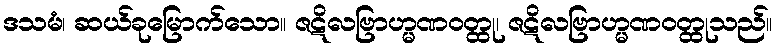
ဒသမံ၊ ဆယ်ခုမြောက်သော။ ဇဋိလဗြာဟ္မဏဝတ္ထု၊ ဇဋိလဗြာဟ္မဏဝတ္ထုသည်။